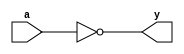
module _inv(a,y);
  input a;
  output y;
  assign y=~a;
endmodule


module _nand2(a,b,y);
  input a,b;
  output y;
  assign y=~(a&b);
endmodule


module _and2(a,b,y);
  input a,b;
  output y;
  assign y=a&b;
endmodule


module _or2(a,b,y);
  input a,b;
  output y;
  assign y=a|b;
endmodule


module _xor2(a,b,y);
  input a,b;
  output y;
  wire inv_a, inv_b;
  wire w0, w1;
  
  _inv inv_1(.a(b), .y(inv_b));
  _inv inv_2(.a(a), .y(inv_a));
  
  _and2 and_1(.a(a), .b(inv_b), .y(w0));
  _and2 and_2(.a(inv_a), .b(b), .y(w1));
  
  _or2 or_1(.a(w0), .b(w1), .y(y));
endmodule